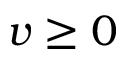
v \geq 0